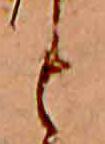
と